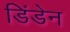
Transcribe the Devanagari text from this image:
डिंडेन